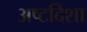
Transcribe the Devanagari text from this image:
अष्टदिशा